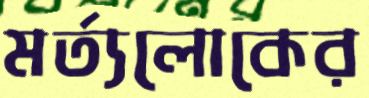
মর্ত্যলোকের